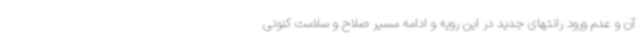
آن و عدم ورود رانتهای جدید در این رویه و ادامه مسیر صلاح و سلامت کنونی